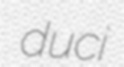
duci